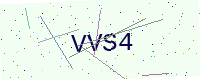
Text: VVS4